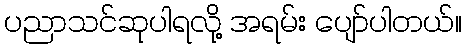
ပညာသင်ဆုပါရလို့ အရမ်း ပျော်ပါတယ်။